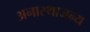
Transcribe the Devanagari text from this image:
अनास्थाजन्य